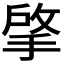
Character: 𢯄